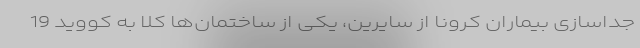
جداسازی بیماران کرونا از سایرین، یکی از ساختمان‌ها کلا به کووید 19